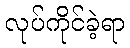
လုပ်ကိုင်ခဲ့ရာ